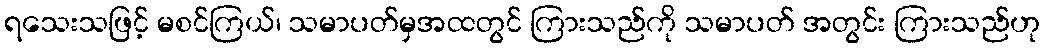
ရသေးသဖြင့် မစင်ကြယ်၊ သမာပတ်မှအထတွင် ကြားသည်ကို သမာပတ် အတွင်း ကြားသည်ဟု